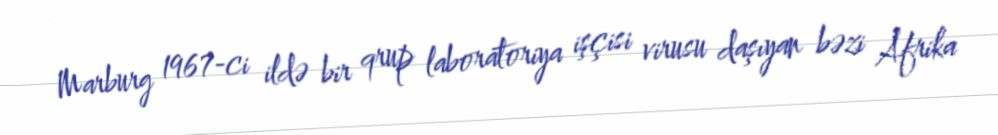
Marburg 1967-ci ildə bir qrup laboratoriya işçisi virusu daşıyan bəzi Afrika